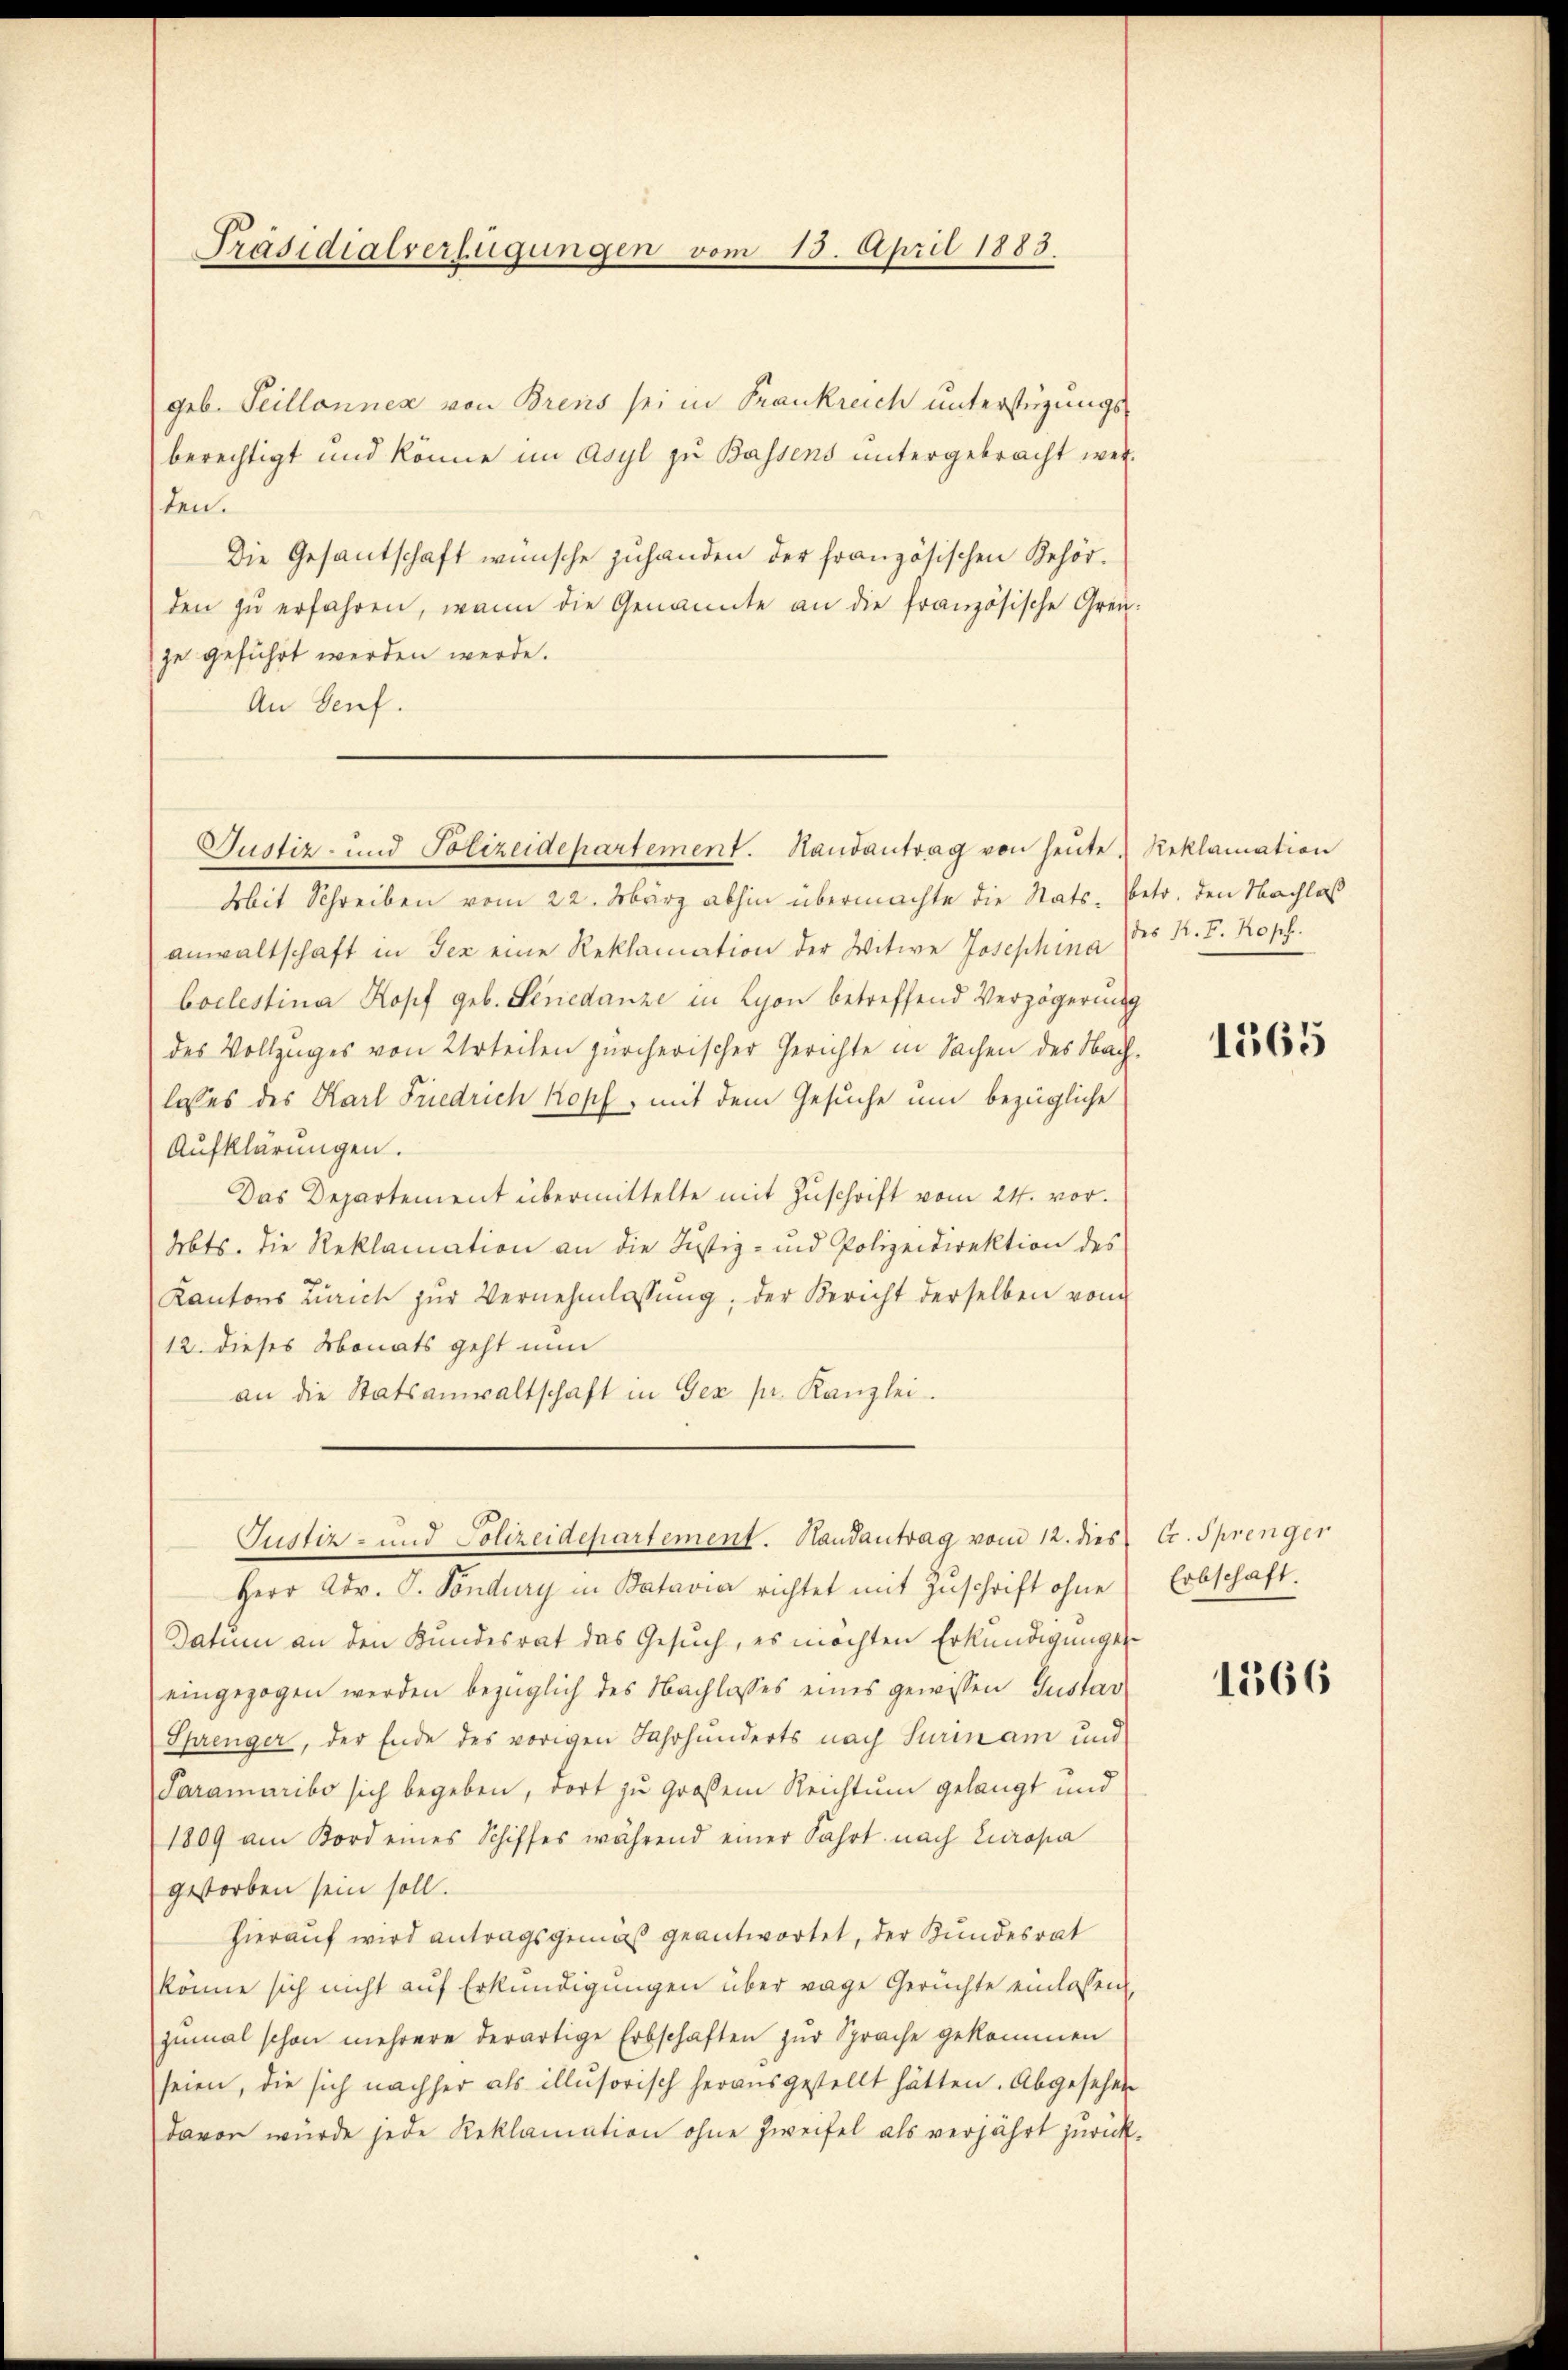
Präsidialverfügungen vom 15. April 1883

geb. Seillonnex von Brens sei in Frankreich unterstüzungs
berechtigt und könne im Asyl zu Bassens untergebracht wersten.
Die Gesantschaft wünsche zuhanden der französischen Behörden zu erfahren, wenn die Genannte an die französische Grenze geführt werden werde.
An Genf.
Mit Schreiben vom 22. März abhin übermachte die Stats- betr. den Nachlaß
anwaltschaft in der eine Reklamation der Witwe Josephina des R. F. Kopf.
boclestina Kopf geb. Sinedanze in Lyon betreffend Verzögerung
des Vollzuges von Urteilen zürcherischer Gerichte in Sachen des Nachlasses des Karl Friedrich Kopf, mit dem Gesuche um bezügliche
Aufklärungen.
Das Departement übermittelte mit Zuschrift vom 24. vor.
Abts. Die Reklamation an die Justiz- und Polizeidirektion des
Kantons Zürich zŭr Vernehmlassŭng, der Bericht derselben vom
12. dieses Monats geht nun
an die Statsanwaltschaft in Gez pr. Kanzlei.
Justiz- und Polizeidepartement. Handantrag vom 12. dies
Herr Adv. G. Töndury in Batavia richtet mit Zuschrift ohne
Datum an den Kundesrat das Gesuch, es möchten Erkundigungen
eingezogen werden bezüglich des Nachlasses eines gewissen Gustav
Sprenger, der Ende des vorigen Jahrhunderts nach Surin am und
Paramaribo sich begeben, dort zu großem Reichtung gelangt und
1809 am Bord eines Schiffes während einer Fahrt nach Europa
gestorben sein soll.
hierauf wird antragsgemäß geantwortet, der Bundesrat
könne sich nicht auf Erkundigungen über wage Gerüchte einlassen
zumal schon mehrere derartige Erbschaften zur Sprache gekommen
seien, die sich nachher als illusorisch herausgestellt hätten. Abgesehen
davon würde jede Reklamation ohne Zweifel als verjährt zurück-

Justiz- und Polizeidepartement. Randantrag von heute Reklamation

1565

C. Sprenger
Erbschaft.

1366